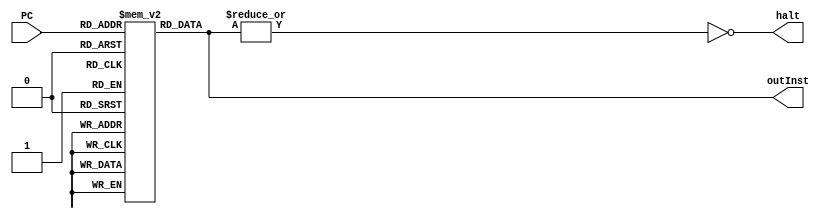
module instructionMemory(PC, outInst, halt);
  input[11:0] PC;
  output [18:0] outInst;
  output halt;
  reg[18:0] insMemory[0:4095];
  assign outInst = insMemory[PC];
  assign halt = ~(|(outInst));
/*
  initial
  begin
    insMemory[0] = 19'b0000011100000000000;
    insMemory[1] = 19'b0000000100000000000;
    insMemory[2] = 19'b0101001100100010100;
    insMemory[3] = 19'b1010000000000000110;
    insMemory[4] = 19'b1000001000101100100;
    insMemory[5] = 19'b0001001111101000000;
    insMemory[6] = 19'b1011100000000000001;
    insMemory[7] = 19'b0000011101000000000;
    insMemory[8] = 19'b0100000100100000001;
    insMemory[9] = 19'b1110000000000000010;
    insMemory[10] = 19'b0000000000000000000;
    insMemory[11] = 19'b0000000000000000000;
    insMemory[12] = 19'b0000000000000000000;
    insMemory[13] = 19'b0000000000000000000;
    insMemory[14] = 19'b0000000000000000000;
    insMemory[15] = 19'b0000000000000000000;
  end
*/
  initial begin
    insMemory[0] = 19'b1000000100001100100;
    insMemory[1] = 19'b1000001000001100110;
    insMemory[2] = 19'b0000001100101000000;
    insMemory[3] = 19'b1000101100001101000;
    insMemory[4] = 19'b1000000100001100101;
    insMemory[5] = 19'b1000001000001100111;
    insMemory[6] = 19'b0000101100101000000;
    insMemory[7] = 19'b1000101100001101001;
  end
endmodule